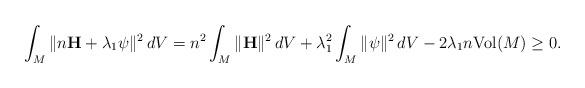
LaTeX: \begin{align*}\int_{M}\| n\mathbf{H}+ \lambda_{1}\psi \|^{2}\, dV =n^2\int_{M}\| \mathbf{H}\| ^{2}\, dV + \lambda_{1}^{2}\int_{M}\| \psi\| ^{2}\, dV- 2 \lambda_{1}n \mathrm{Vol}(M) \geq 0.\end{align*}